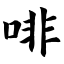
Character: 啡